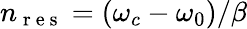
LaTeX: n_{\mathrm{~r~e~s~}}=(\omega_{c}-\omega_{0})/\beta